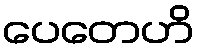
ပေတေဟိ